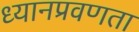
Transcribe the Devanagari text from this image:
ध्यानप्रवणता